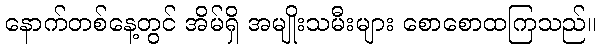
နောက်တစ်နေ့တွင် အိမ်ရှိ အမျိုးသမီးများ စောစောထကြသည်။